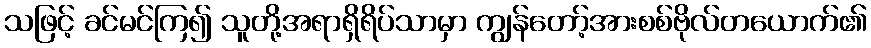
သဖြင့် ခင်မင်ကြ၍ သူတို့အရာရှိရိပ်သာမှာ ကျွန်တော့်အားစစ်ဗိုလ်တယောက်၏